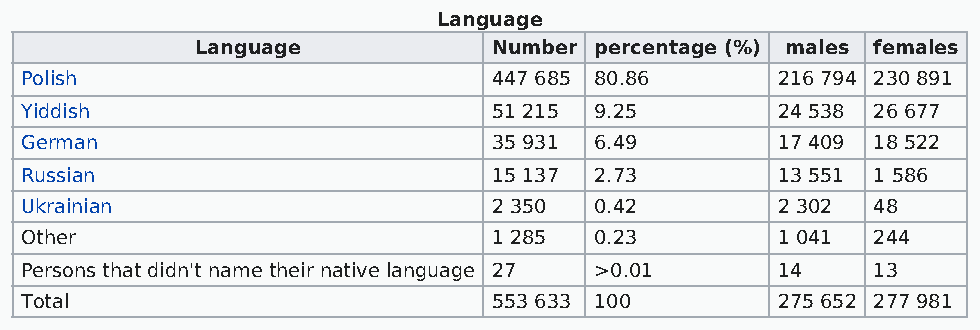
Language
 Language            Number percentage (%) males females
 Polish                          447 685 80.86     216 794 230 891
 Yiddish                         51 215 9.25       24 538 26 677
 German                          35 931 6.49       17 409 18 522
 Russian                         15 137 2.73       13 551 1 586
 Ukrainian                       2 350 0.42        2 302  48
 Other                           1 285 0.23        1 041  244
 Persons that didn't name their native language 27 >0.01 14 13
 Total                           553 633 100       275 652 277 981